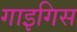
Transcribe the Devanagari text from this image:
गाइगिस